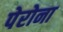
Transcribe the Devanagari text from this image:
पेरोना